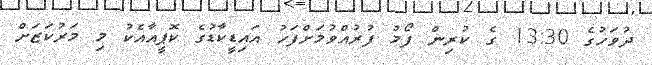
ދުވަހުގެ 13:30 ގެ ކުރިން ފޯމު ފުރުއްވުމަށްފަހު އައިޑީކާޑުގެ ކޮޕީއާއެކު މި މަރުކަޒަށް